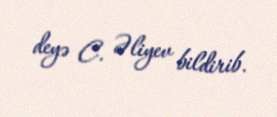
deyə C. Əliyev bildirib.